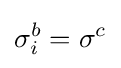
\sigma _{i}^{b}=\sigma ^{c}